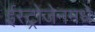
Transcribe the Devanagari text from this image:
ईस्ट्रोजेनमधे